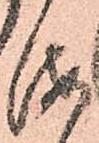
海